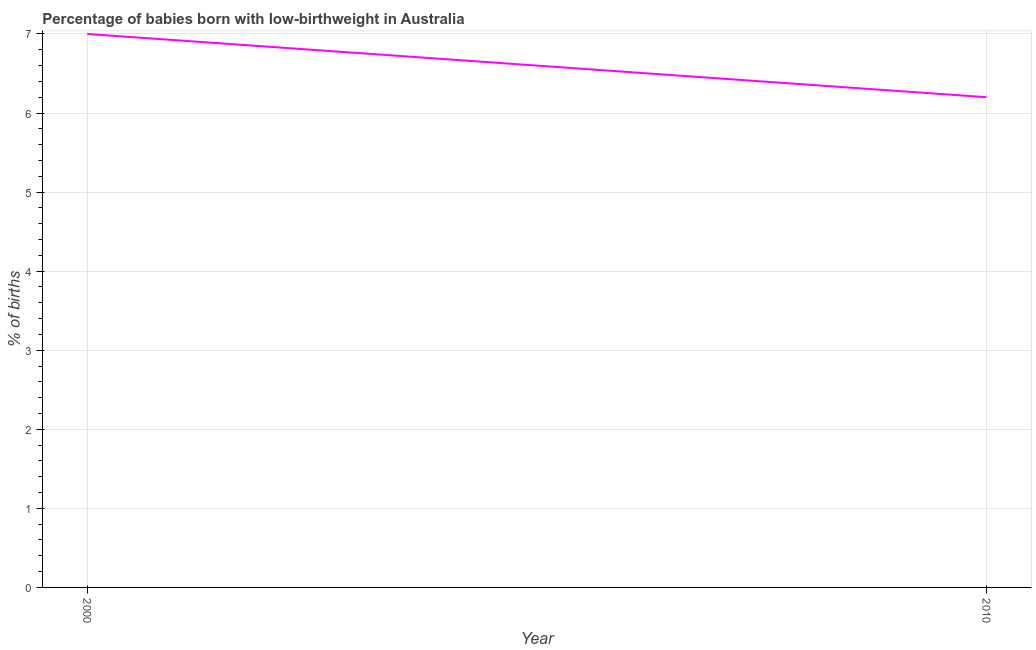
| Year | Low-birthweight babies |
 | --- | --- |
 | 2000 | 7 |
 | 2010 | 6.2 |